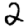
Digit: 2